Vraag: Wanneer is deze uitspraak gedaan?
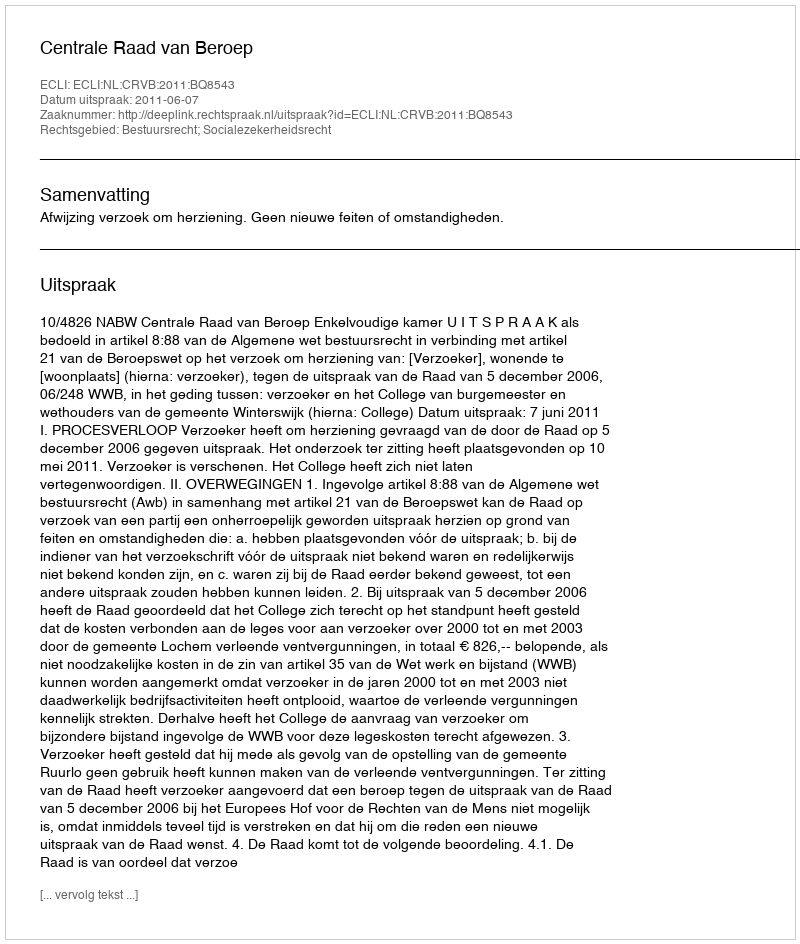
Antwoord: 2011-06-07